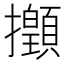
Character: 𢹻